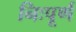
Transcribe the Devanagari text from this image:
निःपूर्ण